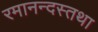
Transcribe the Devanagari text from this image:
रमानन्दस्तथा